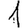
Digit: 1